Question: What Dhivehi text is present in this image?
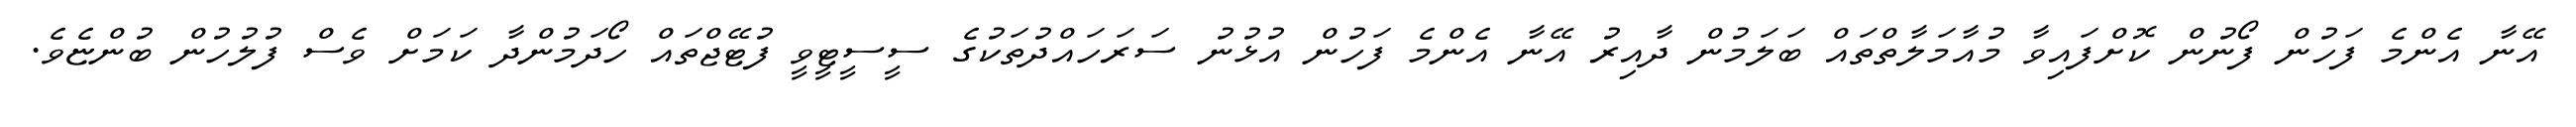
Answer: އޭނާ އެންމެ ފަހުން ފޯނުން ކޮށްފައިވާ މުއާމަލާތްތައް ބަލަމުން ދާއިރު އޭނާ އެންމެ ފަހުން އުޅުނު ސަރަހައްދުތަކުގެ ސީސީޓީވީ ފުޓޭޖްތައް ހޯދަމުންދާ ކަމަށް ވެސް ފުލުހުން ބުންޏެވެ.